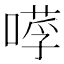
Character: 𠼼